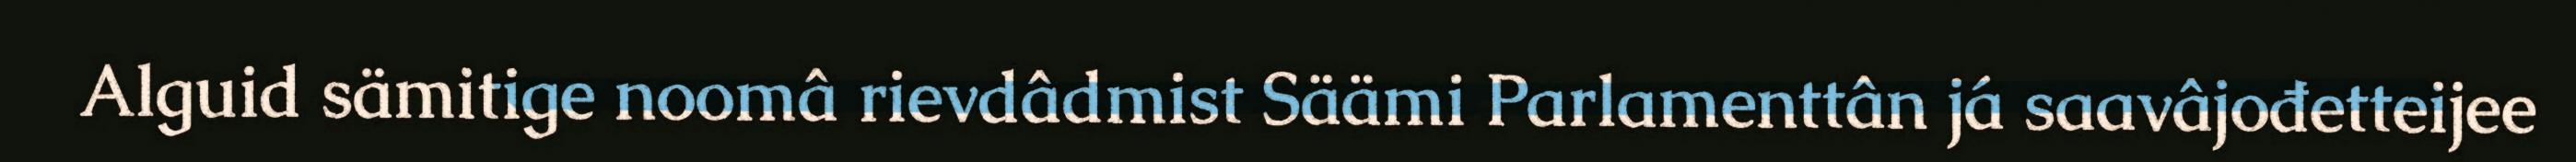
Alguid sämitige noomâ rievdâdmist Säämi Parlamenttân já saavâjođetteijee